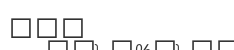
١٧٣